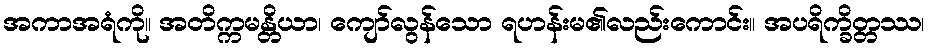
အကာအရံကို။ အတိက္ကမန္တိယာ၊ ကျော်လွန်သော ရဟန်းမ၏လည်းကောင်း။ အပရိက္ခိတ္တဿ၊